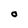
Character: o